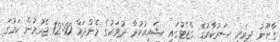
ގާނޫނު ދިވެހި ސަރުކާރުގެ ގެޒެޓުގައި ޝައިއުކުރާ ދުވަހުގެ މެންދަމް 12:00 ޖެހުމުން ކަމުގަ